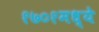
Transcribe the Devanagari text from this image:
१७०१मध्ये